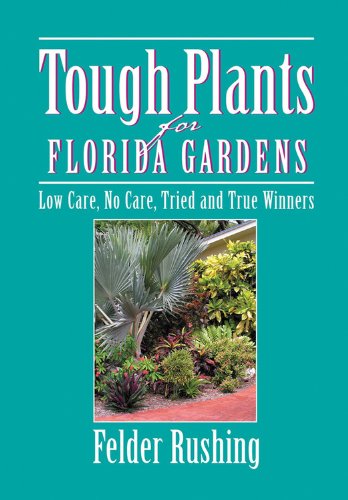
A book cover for Tough Plants for Florida Gardens; Felder Rushing; Crafts, Hobbies & Home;